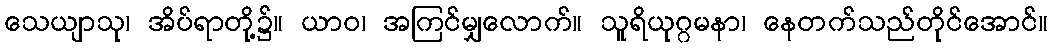
သေယျာသု၊ အိပ်ရာတို့၌။ ယာဝ၊ အကြင်မျှလောက်။ သူရိယုဂ္ဂမနာ၊ နေတက်သည်တိုင်အောင်။